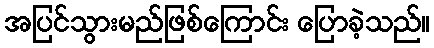
အပြင်သွားမည်ဖြစ်ကြောင်း ပြောခဲ့သည်။